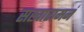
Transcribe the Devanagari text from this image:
सखारामनं